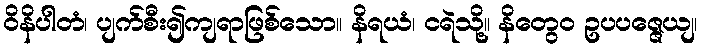
ဝိနိပါတံ၊ ပျက်စီး၍ကျရာဖြစ်သော။ နိရယံ၊ ငရဲသို့။ နိတွေဝ ဥပပဇ္ဇေယျ၊